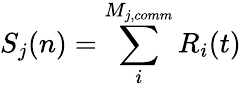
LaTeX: S_{j}(n)=\sum_{i}^{M_{j,comm}}R_{i}(t)